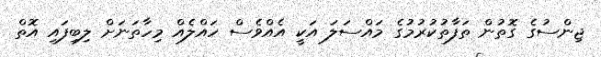
ޖިންސުގެ ގޮތުން ތަފާތުކުރުމުގެ މައްސަލަ އަކީ އެއްވެސް ހައްލެއް މިހާތަނަށް ލިބިފައި އޮތް